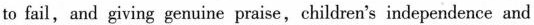
to fail,and giving genuine praise,children's independence